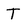
Character: T